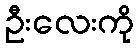
ဦးလေးကို